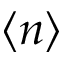
\langle n \rangle